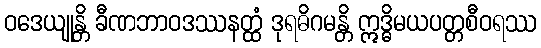
ဝဒေယျုန္တိ ခီဏဘာဝဒဿနတ္ထံ ဒုရဓိဂမန္တိ ဣဒ္ဓိမယပတ္တစီဝရဿ